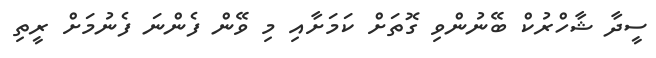
ސީދާ ޝާހްރުކް ބޭނުންވި ގޮތަށް ކަމަށާއި މި ވޭން ފެންނަ ފެނުމަށް ރީތި